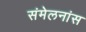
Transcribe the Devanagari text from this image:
संमेलनांस